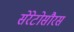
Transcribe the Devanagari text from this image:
सेरेटोसौरस